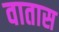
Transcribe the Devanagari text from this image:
वातास